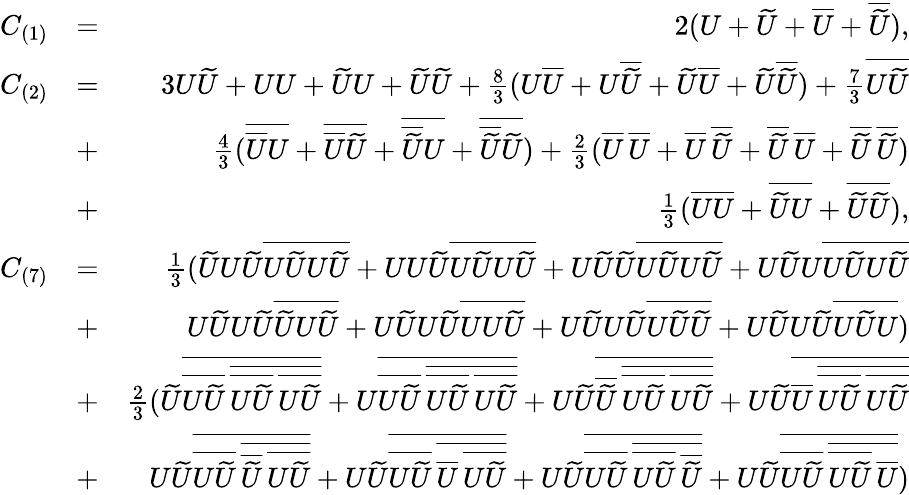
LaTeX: \begin{array}{rlr}{C_{(1)}}&{=}&{2(U+\widetilde{U}+\overline{{U}}+\overline{{\widetilde{U}}}),}\\ {C_{(2)}}&{=}&{3U\widetilde{U}+UU+\widetilde{U}U+\widetilde{U}\widetilde{U}+\frac{8}{3}(U\overline{{U}}+U\overline{{\widetilde{U}}}+\widetilde{U}\overline{{U}}+\widetilde{U}\overline{{\widetilde{U}}})+\frac{7}{3}\overline{{U\widetilde{U}}}}\\ &{+}&{\frac{4}{3}(\overline{{\overline{{U}}U}}+\overline{{\overline{{U}}\widetilde{U}}}+\overline{{\overline{{\widetilde{U}}}U}}+\overline{{\overline{{\widetilde{U}}}\widetilde{U}}})+\frac{2}{3}(\overline{{U}}\, \overline{{U}}+\overline{{U}}\, \overline{{\widetilde{U}}}+\overline{{\widetilde{U}}}\, \overline{{U}}+\overline{{\widetilde{U}}}\, \overline{{\widetilde{U}}})}\\ &{+}&{\frac{1}{3}(\overline{{UU}}+\overline{{\widetilde{U}U}}+\overline{{\widetilde{U}\widetilde{U}}}),}\\ {C_{(7)}}&{=}&{\frac{1}{3}(\widetilde{U}U\widetilde{U}\overline{{U\widetilde{U}U\widetilde{U}}}+UU\widetilde{U}\overline{{U\widetilde{U}U\widetilde{U}}}+U\widetilde{U}\widetilde{U}\overline{{U\widetilde{U}U\widetilde{U}}}+U\widetilde{U}U\overline{{U\widetilde{U}U\widetilde{U}}}}\\ &{+}&{U\widetilde{U}U\widetilde{U}\overline{{\widetilde{U}U\widetilde{U}}}+U\widetilde{U}U\widetilde{U}\overline{{UU\widetilde{U}}}+U\widetilde{U}U\widetilde{U}\overline{{U\widetilde{U}\widetilde{U}}}+U\widetilde{U}U\widetilde{U}\overline{{U\widetilde{U}U}})}\\ &{+}&{\frac{2}{3}(\widetilde{U}\overline{{\overline{{U\widetilde{U}}}\, \overline{{\overline{{U\widetilde{U}}}\, \overline{{U\widetilde{U}}}}}}}+U\overline{{\overline{{U\widetilde{U}}}\, \overline{{\overline{{U\widetilde{U}}}\, \overline{{U\widetilde{U}}}}}}}+U\widetilde{U}\overline{{\overline{{\widetilde{U}}}\, \overline{{\overline{{U\widetilde{U}}}\, \overline{{U\widetilde{U}}}}}}}+U\widetilde{U}\overline{{\overline{{U}}\, \overline{{\overline{{U\widetilde{U}}}\, \overline{{U\widetilde{U}}}}}}}}\\ &{+}&{U\widetilde{U}\overline{{\overline{{U\widetilde{U}}}\, \overline{{\overline{{\widetilde{U}}}\, \overline{{U\widetilde{U}}}}}}}+U\widetilde{U}\overline{{\overline{{U\widetilde{U}}}\, \overline{{\overline{{U}}\, \overline{{U\widetilde{U}}}}}}}+U\widetilde{U}\overline{{\overline{{U\widetilde{U}}}\, \overline{{\overline{{U\widetilde{U}}}\, \overline{{\widetilde{U}}}}}}}+U\widetilde{U}\overline{{\overline{{U\widetilde{U}}}\, \overline{{\overline{{U\widetilde{U}}}\, \overline{{U}}}}}})}\end{array}